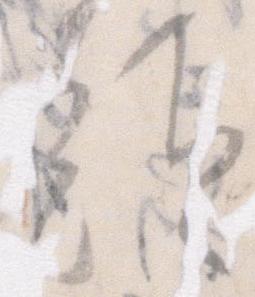
頭